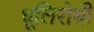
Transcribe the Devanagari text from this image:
धूलिरोधी